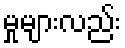
မှုများလည်း